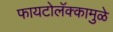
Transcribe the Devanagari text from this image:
फायटोलॅक्कामुळे